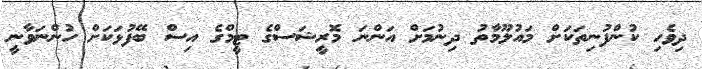
ދިވެހި ކުންފުނިތަކަށް މައުލޫމާތު ދިނުމަށް އަންނަ މޮރީޝަސްގެ ޓީމްގެ އިސް ބޭފުޅަކަށް ހުންނަވާނީ